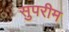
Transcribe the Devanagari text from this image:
सुपरीम